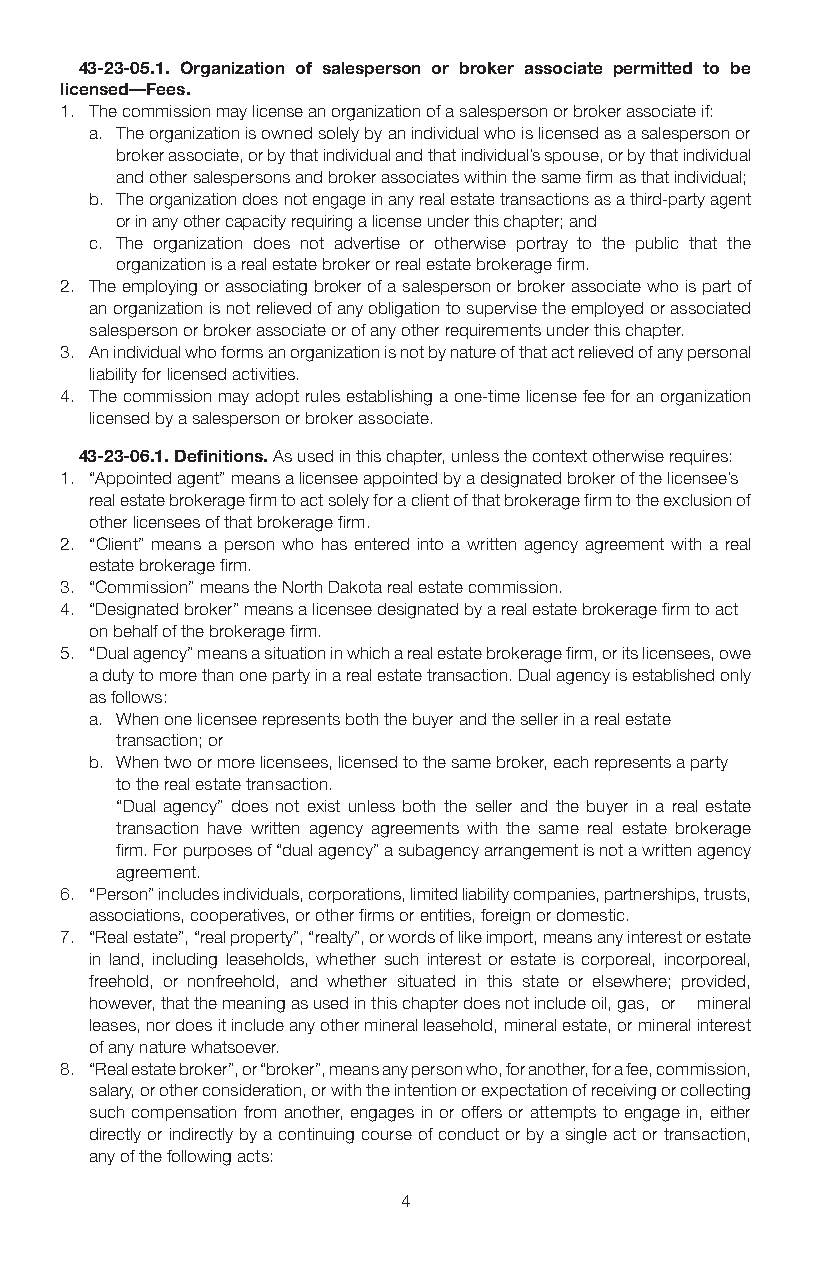
43-23-05.1. Organization of salesperson or broker associate permitted to be
 licensed—Fees.
 1. The commission may license an organization of a salesperson or broker associate if:
 a. The organization is owned solely by an individual who is licensed as a salesperson or
 broker associate, or by that individual and that individual’s spouse, or by that individual
 and other salespersons and broker associates within the same firm as that individual;
 b. The organization does not engage in any real estate transactions as a third-party agent
 or in any other capacity requiring a license under this chapter; and
 c. The organization does not advertise or otherwise portray to the public that the
 organization is a real estate broker or real estate brokerage firm.
 2. The employing or associating broker of a salesperson or broker associate who is part of
 an organization is not relieved of any obligation to supervise the employed or associated
 salesperson or broker associate or of any other requirements under this chapter.
 3. An individual who forms an organization is not by nature of that act relieved of any personal
 liability for licensed activities.
 4. The commission may adopt rules establishing a one-time license fee for an organization
 licensed by a salesperson or broker associate.
 43-23-06.1. Definitions. As used in this chapter, unless the context otherwise requires:
 1. “Appointed agent” means a licensee appointed by a designated broker of the licensee’s
 real estate brokerage firm to act solely for a client of that brokerage firm to the exclusion of
 other licensees of that brokerage firm.
 2. “Client” means a person who has entered into a written agency agreement with a real
 estate brokerage firm.
 3. “Commission” means the North Dakota real estate commission.
 4. “Designated broker” means a licensee designated by a real estate brokerage firm to act
 on behalf of the brokerage firm.
 5. “Dual agency” means a situation in which a real estate brokerage firm, or its licensees, owe
 a duty to more than one party in a real estate transaction. Dual agency is established only
 as follows:
 a. When one licensee represents both the buyer and the seller in a real estate
 transaction; or
 b. When two or more licensees, licensed to the same broker, each represents a party
 to the real estate transaction.
 “Dual agency” does not exist unless both the seller and the buyer in a real estate
 transaction have written agency agreements with the same real estate brokerage
 firm. For purposes of “dual agency” a subagency arrangement is not a written agency
 agreement.
 6. “Person” includes individuals, corporations, limited liability companies, partnerships, trusts,
 associations, cooperatives, or other firms or entities, foreign or domestic.
 7. “Real estate”, “real property”, “realty”, or words of like import, means any interest or estate
 in land, including leaseholds, whether such interest or estate is corporeal, incorporeal,
 freehold, or nonfreehold, and whether situated in this state or elsewhere; provided,
 however, that the meaning as used in this chapter does not include oil, gas, or mineral
 leases, nor does it include any other mineral leasehold, mineral estate, or mineral interest
 of any nature whatsoever.
 8. “Real estate broker”, or “broker”, means any person who, for another, for a fee, commission,
 salary, or other consideration, or with the intention or expectation of receiving or collecting
 such compensation from another, engages in or offers or attempts to engage in, either
 directly or indirectly by a continuing course of conduct or by a single act or transaction,
 any of the following acts:
 4